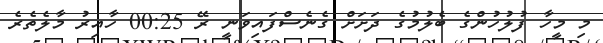
މި މީހާ ފުލުހުންގެ ބެލުމުގެ ދަށަށް ގެނެސްފައިވަނީ ރޭ 00:25 ހާއިރު މާލެތެރެ